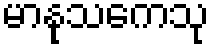
မာနုသကေသု